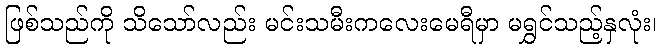
ဖြစ်သည်ကို သိသော်လည်း မင်းသမီးကလေးမေရီမှာ မရွှင်သည့်နှလုံး၊